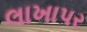
લાખાપર